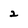
Character: 2